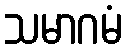
သမာဂမံ